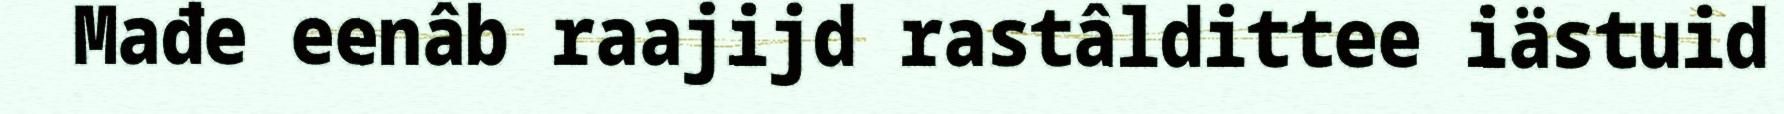
Mađe eenâb raajijd rastâldittee iästuid